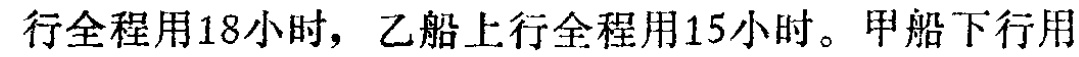
行全程用18小时，乙船上行全程用15小时。甲船下行用